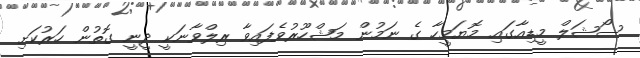
ސޯޝަލް މީޑިއާގައި މޮޔަމީހާ ގެ ނަމުން މަޝްހޫރުވެފައިވާ ރިލްވާނަކީ ދީނީ ގޮތުން ހަރުކަށި